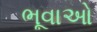
ભૂવાઓ